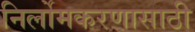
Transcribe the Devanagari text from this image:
निर्लोमकरणासाठी